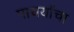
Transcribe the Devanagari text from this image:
पायर्यांचा